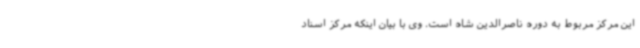
این مرکز مربوط به دوره ناصرالدین شاه است. وی با بیان اینکه مرکز اسناد